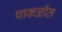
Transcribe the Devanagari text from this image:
पाकळीत